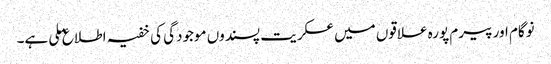
نوگام اور پیرم پورہ علاقوں میں عسکریت پسندوں موجودگی کی خفیہ اطلاع ملی ہے۔